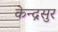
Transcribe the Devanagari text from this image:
केन्द्रसुर